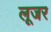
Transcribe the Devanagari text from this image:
लूजर